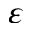
\varepsilon